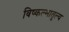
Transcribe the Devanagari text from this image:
विष्कल्भातुल्य